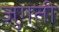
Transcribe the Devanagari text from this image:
जुगती